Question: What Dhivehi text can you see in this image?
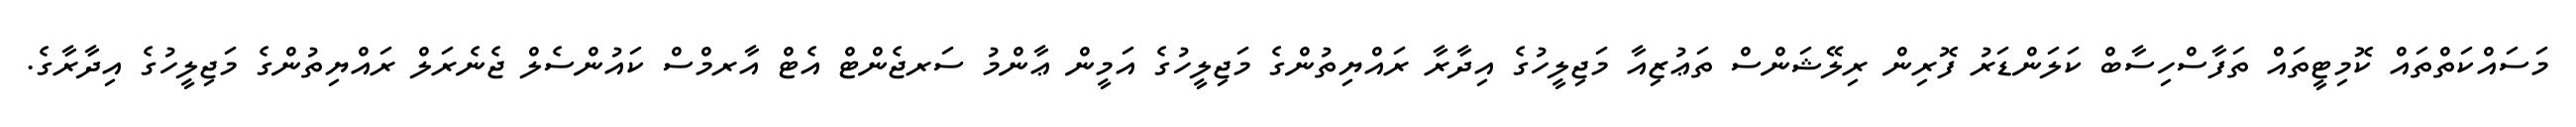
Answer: މަސައްކަތްތައް ކޮމިޓީތައް ތަފާސްހިސާބް ކަލަންޑަރު ފޮރިން ރިލޭޝަންސް ތަޢުޒިއާ މަޖިލީހުގެ އިދާރާ ރައްޔިތުންގެ މަޖިލީހުގެ އަމީން ޢާންމު ސަރޖެންޓް އެޓް އާރމްސް ކައުންސެލް ޖެނެރަލް ރައްޔިތުންގެ މަޖިލީހުގެ އިދާރާގެ.